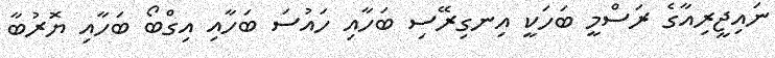
ނައިޖީރިއާގެ ރަސްމީ ބަހަކީ އިނގިރޭސި ބަހާއި ހައުސަ ބަހާއި އިގްބޯ ބަހާއި ޔޮރުބާ